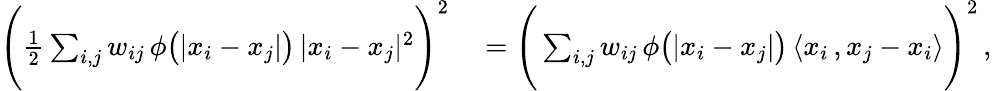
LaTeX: \begin{array}{rl}{\Bigg(\frac{1}{2}\sum_{i,j}w_{ij}\, \phi\big(|x_{i}-x_{j}|\big)\, |x_{i}-x_{j}|^{2}\Bigg)^{2}}&{{}=\Bigg(\sum_{i,j}w_{ij}\, \phi\big(|x_{i}-x_{j}|\big)\, \langle x_{i}\, ,x_{j}-x_{i}\rangle\Bigg)^{2}\, ,}\end{array}